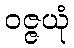
ဝဇ္ဇယုံ